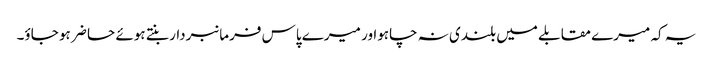
یہ کہ میرے مقابلے میں بلندی نہ چاہواور میرے پاس فرمانبردار بنتے ہوئے حا ضر ہو جاؤ۔